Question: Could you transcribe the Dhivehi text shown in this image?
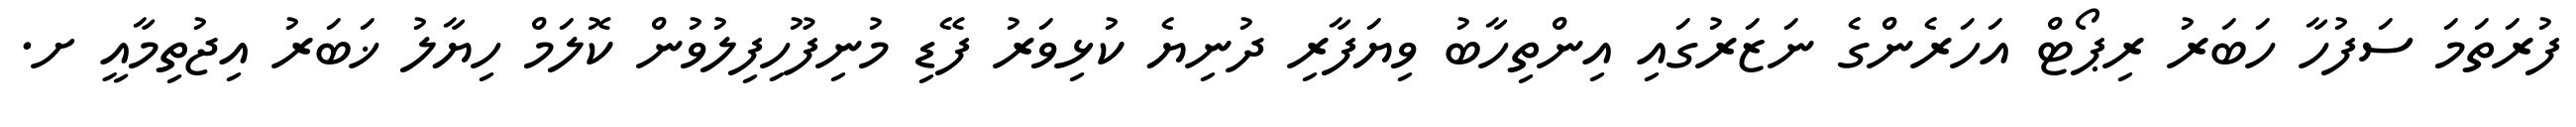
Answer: ފުރަތަމަ ސަފުހާ ހަބަރު ރިޕޯޓް އަހަރެންގެ ނަޒަރުގައި އިންތިހާބު ވިޔަފާރި ދުނިޔެ ކުޅިވަރު ފޭޑި މުނިފޫހިފިލުވުން ކޮލަމް ހިޔާލު ޚަބަރު އިޖުތިމާއީ ށ.